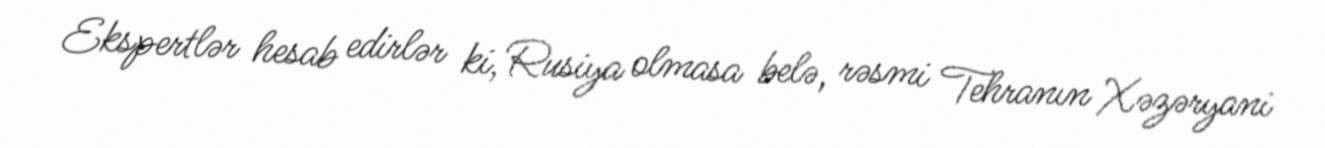
Ekspertlər hesab edirlər ki, Rusiya olmasa belə, rəsmi Tehranın Xəzəryani